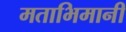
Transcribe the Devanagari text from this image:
मताभिमानी